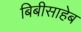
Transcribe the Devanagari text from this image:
बिबीसाहेब